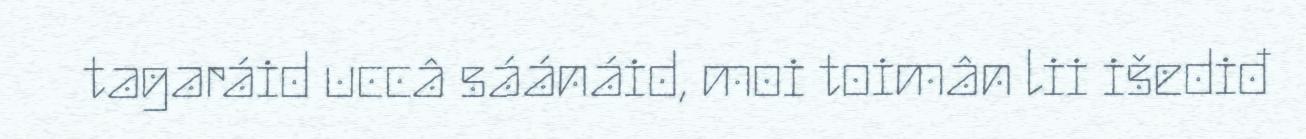
tagaráid uccâ sáánáid, moi toimân lii išediđ